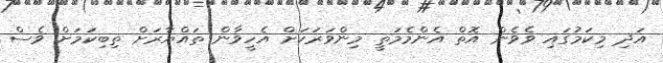
އަދި މިކަމުގައި ވެވެން އޮތް އެންމެމަތީ މިންވަރަކަށް އެހީވާން ތައްޔާރަށް ތިބިކަމަށް ވެސް